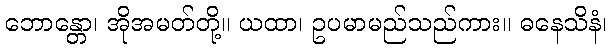
ဘောန္တော၊ အိုအမတ်တို့။ ယထာ၊ ဥပမာမည်သည်ကား။ ဓနေသိနံ၊